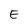
Character: E